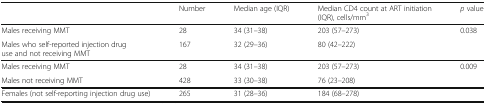
|  | Number | Median age (IQR) | Median CD4 count at ART initiation (IQR), cells/mm3 | p value |
 | --- | --- | --- | --- | --- |
 | Males receiving MMT | 28 | 34 (31–38) | 203 (57–273) | 0.038 |
 | Males who self-reported injection drug use and not receiving MMT | 167 | 32 (29–36) | 80 (42–222) |  |
 | Males receiving MMT | 28 | 34 (31–38) | 203 (57–273) | 0.009 |
 | Males not receiving MMT | 428 | 33 (30–38) | 76 (23–208) |  |
 | Females (not self-reporting injection drug use) | 265 | 31 (28–36) | 184 (68–278) |  |